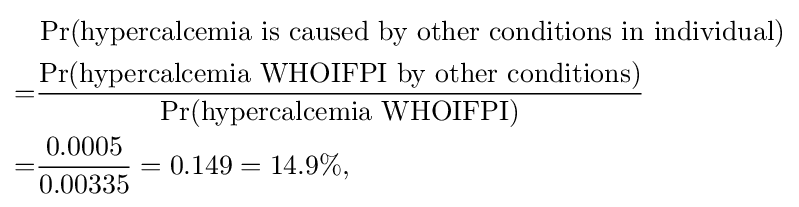
{\begin{aligned}&\Pr({\text{hypercalcemia is caused by other conditions in individual}})\\=&{\frac {\Pr({\text{hypercalcemia WHOIFPI by other conditions}})}{\Pr({\text{hypercalcemia WHOIFPI}})}}\\=&{\frac {0.0005}{0.00335}}=0.149=14.9\%,\end{aligned}}